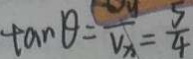
\tan \theta = \frac { v _ { y } } { v _ { x } } = \frac { 5 } { 4 }